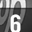
Digit: 6